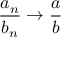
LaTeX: { \frac { a _ { n } } { b _ { n } } } \to { \frac { a } { b } }